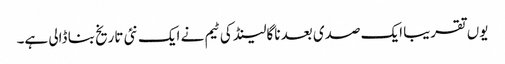
یوں تقریبا ایک صدی بعد ناگالینڈ کی ٹیم نے ایک نئی تاریخ بنا ڈالی ہے۔